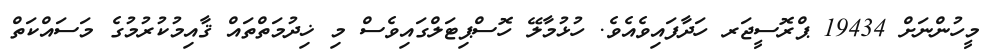
މީހުންނަށް 19434 ޕްރޮސީޖަރ ހަދާފައިވެއެވެ. ހުޅުމާލޭ ހޮސްޕިޓަލްގައިވެސް މި ޚިދުމަތްތައް ޤާއިމުކުރުމުގެ މަސައްކަތް